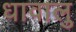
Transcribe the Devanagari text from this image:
धावालु